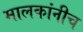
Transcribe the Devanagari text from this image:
मालकांनीच